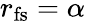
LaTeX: r_{\mathrm{fs}}=\alpha